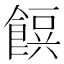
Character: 𮩂